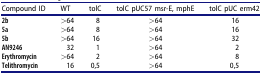
<table><thead><tr><td><b>Compound ID</b></td><td><b>WT</b></td><td><b>tolC</b></td><td><b>tolC pUC57 msr-E, mphE</b></td><td><b>tolC pUC erm42</b></td></tr></thead><tbody><tr><td><b>2b</b></td><td>&gt;64</td><td>8</td><td>&gt;64</td><td>16</td></tr><tr><td><b>5a</b></td><td>&gt;64</td><td>8</td><td>&gt;64</td><td>16</td></tr><tr><td><b>5b</b></td><td>&gt;64</td><td>16</td><td>&gt;64</td><td>32</td></tr><tr><td><b>AN9246</b></td><td>32</td><td>1</td><td>&gt;64</td><td>2</td></tr><tr><td><b>Erythromycin</b></td><td>&gt;64</td><td>2</td><td>&gt;64</td><td>8</td></tr><tr><td><b>Telithromycin</b></td><td>16</td><td>0,5</td><td>&gt;64</td><td>0,5</td></tr></tbody></table>